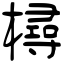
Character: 樳